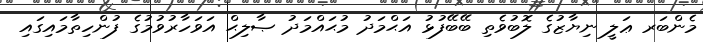
މެންބަރ ޢަލީ ނިޔާޒުގެ ލޮބުވެތި ބޭބޭފުޅު އަޙްމަދު މުޙައްމަދު ޞާލިޙް އަވަހާރުވުމުގެ ފުންހިތާމައިގައި